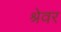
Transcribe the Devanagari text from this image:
श्रेवर